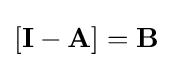
[\mathbf {I} -\mathbf {A} ]=\mathbf {B}